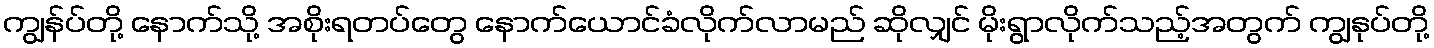
ကျွန်ပ်တို့ နောက်သို့ အစိုးရတပ်တွေ နောက်ယောင်ခံလိုက်လာမည် ဆိုလျှင် မိုးရွာလိုက်သည့်အတွက် ကျွနုပ်တို့